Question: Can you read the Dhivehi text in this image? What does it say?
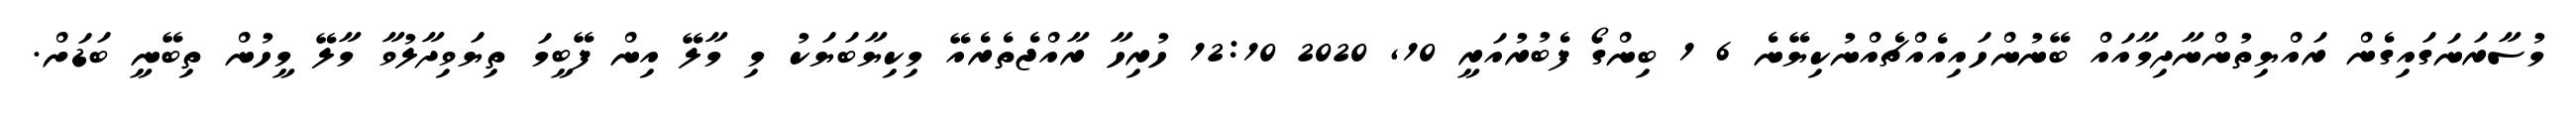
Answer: މުސާރަނަގައިގެން ރައްޔިތުންނާދިމާއައް ބޭނުންހައިއެއްޗެއްނުކިޔޭނެ 6 1 ބިންގޯ ފެބުރުއަރީ 10, 2020 12:10 ހުރިހާ ރާއްޖެތެރެއޭ މިކިޔާބަޔަކު މި މާލޭ އިން ފޭބީމަ ތިޔަވިދާލުވާ މާލޭ މީހުން ތިބޭނީ ބަޑަށް.